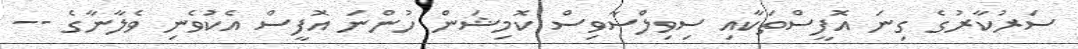
ސަރުކާރުގެ ގިނަ އޮފީސްތަކާއި ސިވިލްސާވިސް ކޮމިޝަން ހުންނަ އޮފީސް އެކުވެނި ވެލާނާގެ --